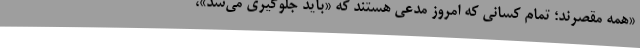
«همه مقصرند؛ تمام کسانی که امروز مدعی هستند که «باید جلوگیری می‌شد»،